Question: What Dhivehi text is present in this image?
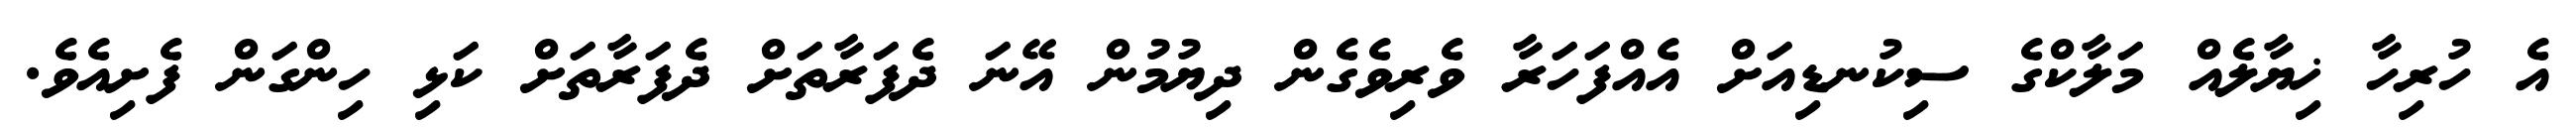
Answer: އެ ހުރިހާ ޚިޔާލެއް މަލާކްގެ ސިކުނޑިއަށް އެއްފަހަރާ ވެރިވެގެން ދިޔުމުން އޭނަ ދެފަރާތަށް ދެފަރާތަށް ކަޅި ހިންގަން ފެށިއެވެ.